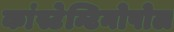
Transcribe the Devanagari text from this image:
कांस्टेन्टिनोपोल